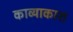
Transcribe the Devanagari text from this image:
काव्याकाश